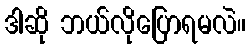
ဒါဆို ဘယ်လိုပြောရမလဲ။